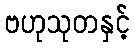
ဗဟုသုတနှင့်